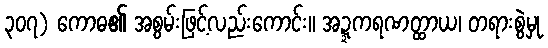
၃၀၇) ကောဓ၏ အစွမ်းဖြင့်လည်းကောင်း။ အဍ္ဍကရဏတ္ထာယ၊ တရားစွဲမှု